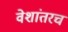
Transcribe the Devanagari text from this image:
वेशांतरच